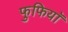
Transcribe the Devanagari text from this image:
फुफियाॅ